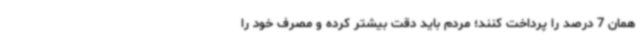
همان 7 درصد را پرداخت کنند؛ مردم باید دقت بیشتر کرده و مصرف خود را